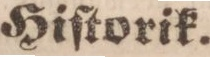
Hiſtorik.